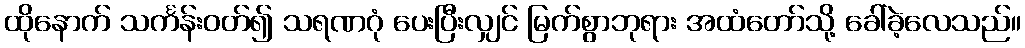
ထိုနောက် သင်္ကန်းဝတ်၍ သရဏဂုံ ပေးပြီးလျှင် မြက်စွာဘုရား အထံတော်သို့ ခေါ်ခဲ့လေသည်။